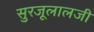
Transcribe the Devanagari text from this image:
सुरजूलालजी